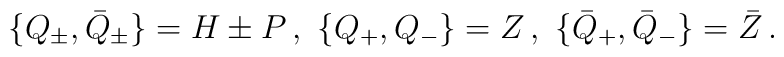
\{ Q_{\pm}, \bar{Q}_{\pm}  \}= H \pm P \,,\,\,\{ Q_{+}, Q_{-}  \}= Z \,,\,\,\{ \bar{Q}_{+}, \bar{Q}_{-}  \}= \bar{Z}\,.